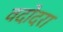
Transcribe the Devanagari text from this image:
वदोदरा